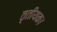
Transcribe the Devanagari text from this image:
तृतीयक।